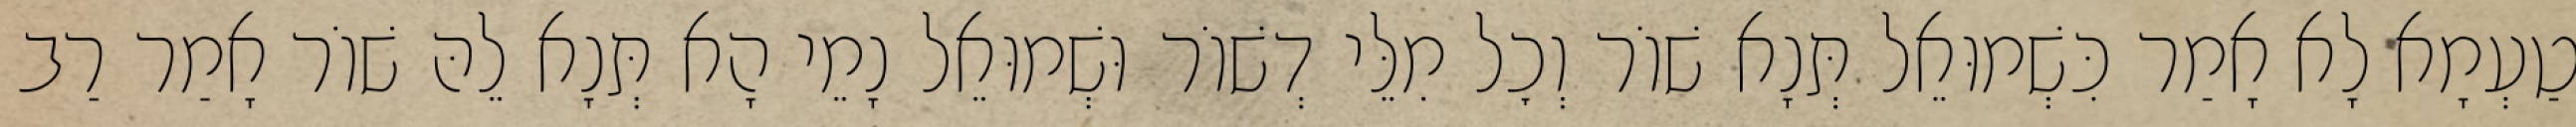
טַעְמָא לָא אָמַר כִּשְׁמוּאֵל תְּנָא שׁוֹר וְכׇל מִלֵּי דְשׁוֹר וּשְׁמוּאֵל נָמֵי הָא תְּנָא לֵהּ שׁוֹר אָמַר רַב